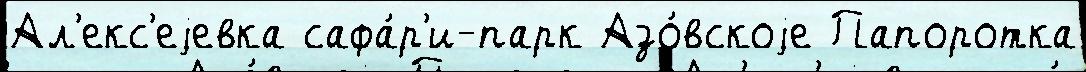
Ал'екс'еjевка сафа́р'и-парк Азо́вскоjе Папоротка